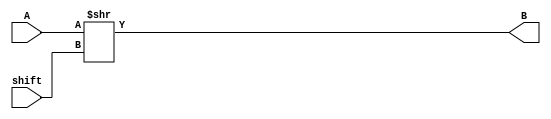
module BarrelShift(input [23:0]A, input [7:0]shift, output [23:0]B);
    assign B = A>>shift;
endmodule